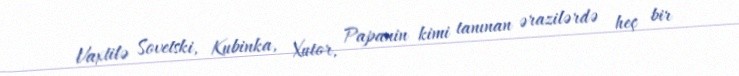
Vaxtilə Sovetski, Kubinka, Xutor, Papanin kimi tanınan ərazilərdə heç bir